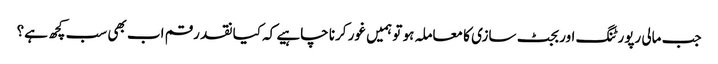
جب مالی رپورٹنگ اور بجٹ سازی کا معاملہ ہو تو ہمیں غور کرنا چاہیے کہ کیا نقد رقم اب بھی سب کچھ ہے؟